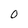
Character: 0